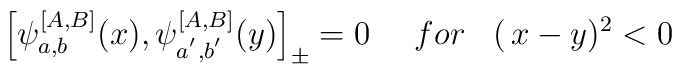
\left[ \psi _{a,b}^{\left[ A,B\right] }(x),\psi _{a^{^{\prime }},b^{^{\prime}}}^{\left[ A,B\right] }(y)\right] _{\pm}=0\,\,\,\,\,\,\,\,for\,\,\,\,\,(\,x-y)^{2}<0